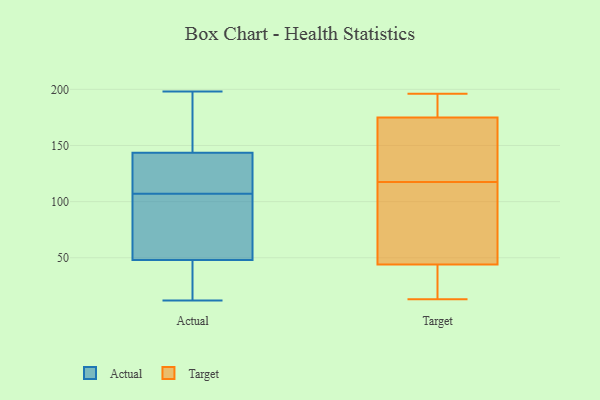
{"axis": {"x": "Inventory Turnover", "y": "Value"}, "legend": ["Actual", "Target"], "data": [{"x": "", "y": 155, "type": "Actual"}, {"x": "", "y": 139, "type": "Actual"}, {"x": "", "y": 42, "type": "Actual"}, {"x": "", "y": 137, "type": "Actual"}, {"x": "", "y": 29, "type": "Actual"}, {"x": "", "y": 54, "type": "Actual"}, {"x": "", "y": 125, "type": "Actual"}, {"x": "", "y": 191, "type": "Actual"}, {"x": "", "y": 148, "type": "Actual"}, {"x": "", "y": 12, "type": "Actual"}, {"x": "", "y": 107, "type": "Actual"}, {"x": "", "y": 28, "type": "Actual"}, {"x": "", "y": 20, "type": "Actual"}, {"x": "", "y": 198, "type": "Actual"}, {"x": "", "y": 167, "type": "Actual"}, {"x": "", "y": 65, "type": "Actual"}, {"x": "", "y": 55, "type": "Actual"}, {"x": "", "y": 93, "type": "Actual"}, {"x": "", "y": 111, "type": "Actual"}, {"x": "", "y": 107, "type": "Actual"}, {"x": "", "y": 109, "type": "Target"}, {"x": "", "y": 19, "type": "Target"}, {"x": "", "y": 196, "type": "Target"}, {"x": "", "y": 58, "type": "Target"}, {"x": "", "y": 176, "type": "Target"}, {"x": "", "y": 30, "type": "Target"}, {"x": "", "y": 161, "type": "Target"}, {"x": "", "y": 13, "type": "Target"}, {"x": "", "y": 175, "type": "Target"}, {"x": "", "y": 175, "type": "Target"}, {"x": "", "y": 85, "type": "Target"}, {"x": "", "y": 126, "type": "Target"}]}